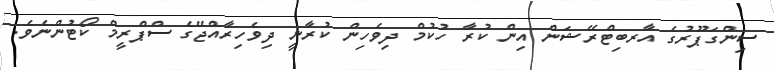
ސިންގަޕޫރުގެ އާރބިޓްރޭޝަން އިން ކުރާ ހުކުމް ދިވެހިން ކުރާނީ ދިވެހިރާއްޖޭގެ ސްޕްރީމް ކޯޓުންނެވެ.